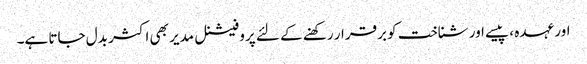
اور عہدہ ، پیسے اور شناخت کو برقرار رکھنے کے لئے پروفیشنل مدیر بھی اکثر بدل جاتا ہے۔